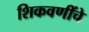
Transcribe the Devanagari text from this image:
शिकवणींचे